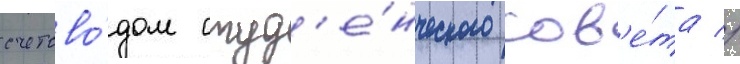
счетово́дом студ'е́нческого сов'е́та //